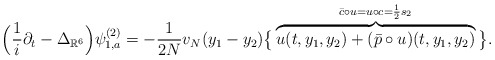
\begin{align*}&\Big(\frac{1}{i}\partial_t-\Delta_{\mathbb{R}^6}\Big)\psi_{1,a}^{(2)}=-\frac{1}{2N}v_N(y_1-y_2)\big\{\overbrace{u(t,y_1,y_2)+(\bar p\circ u)(t,y_1,y_2)}^{\bar c\circ u=u\circ c=\frac{1}{2}s_2}\big\}.\end{align*}